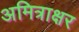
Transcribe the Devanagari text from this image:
अमित्राक्षर